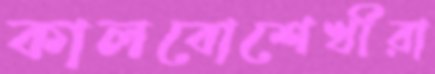
কালবোশেখীরা